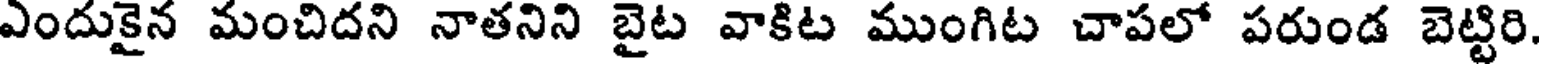
ఎందుకైన మంచిదని నాతనిని బైట వాకిట ముంగిట చాపలో పరుండ బెట్టిరి